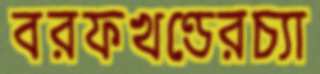
বরফখণ্ডেরচ্যা